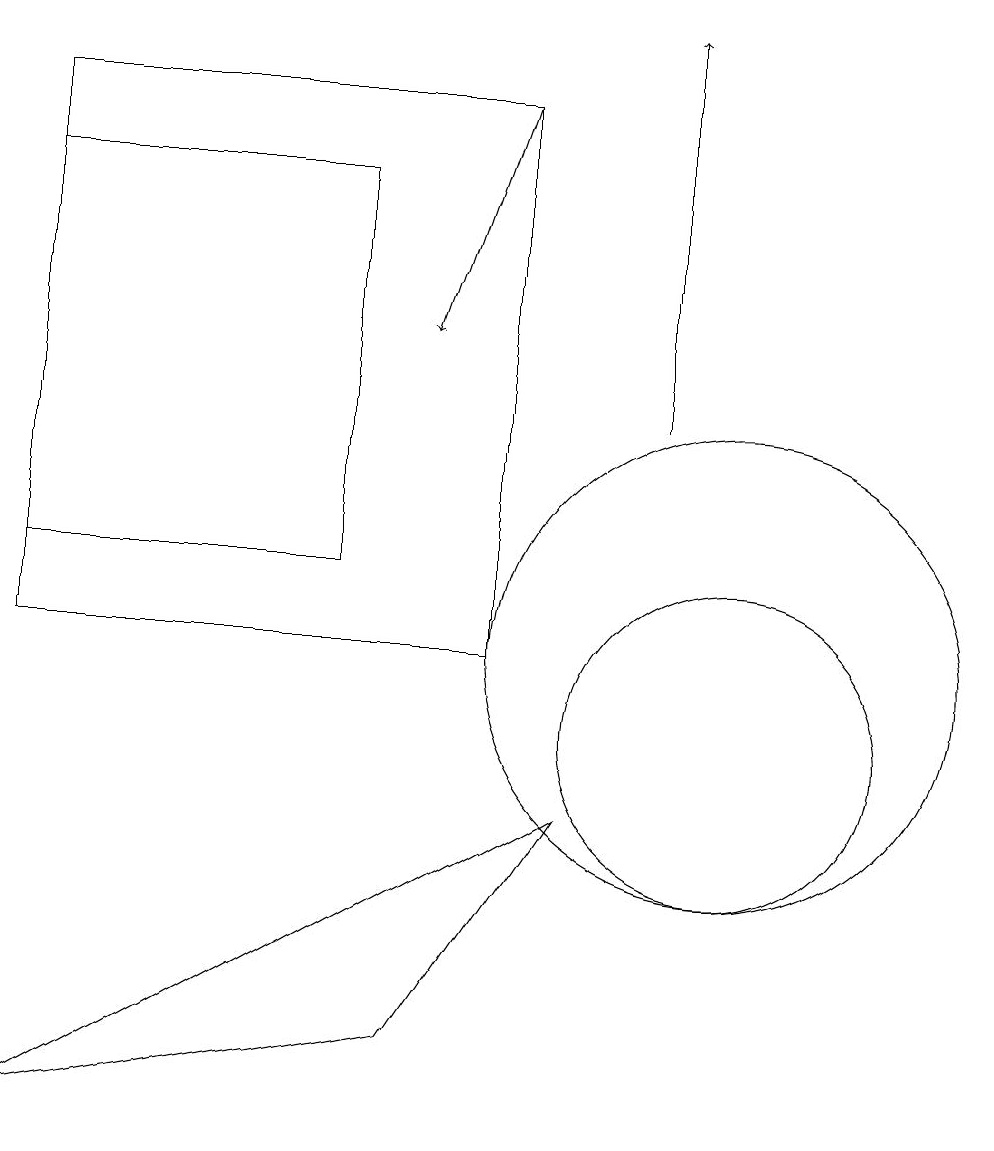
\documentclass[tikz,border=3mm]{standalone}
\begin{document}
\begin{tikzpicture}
\draw (1,17) rectangle (5,12);
\draw (10,10) circle (2);
\draw[->] (9,14) -- (9,19);
\draw[->] (7,18) -- (6,15);
\draw (10,11) circle (3);
\draw (1,5) -- (6,6) -- (8,9) -- cycle;
\draw (7,18) rectangle (1,11);
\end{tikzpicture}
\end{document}